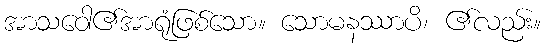
အာသဝေါ၏အာရုံဖြစ်သော။ သောမနဿာပိ၊ ၏လည်း။